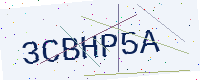
Text: 3CBHP5A